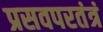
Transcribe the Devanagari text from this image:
प्रसवपरतंत्रं